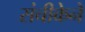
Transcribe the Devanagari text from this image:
संचीकेने